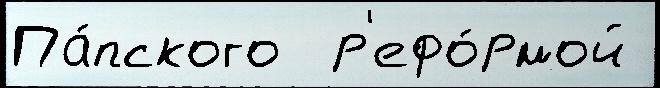
Па́пского  р'ефо́рмой